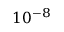
1 0 ^ { - 8 }